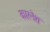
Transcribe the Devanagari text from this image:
कारनेश